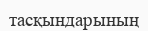
тасқындарының